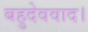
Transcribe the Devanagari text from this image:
बहुदेववाद।